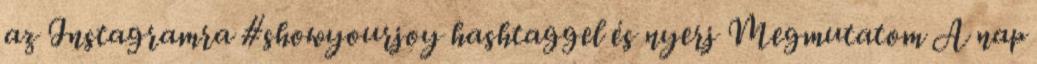
az Instagramra #showyourjoy hashtaggel és nyerj Megmutatom A nap